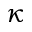
\kappa